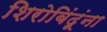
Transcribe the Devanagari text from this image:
शिरोबिंदूंना